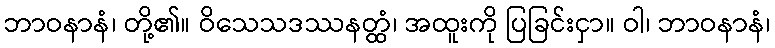
ဘာဝနာနံ၊ တို့၏။ ဝိသေသဒဿနတ္ထံ၊ အထူးကို ပြခြင်းငှာ။ ဝါ၊ ဘာဝနာနံ၊